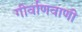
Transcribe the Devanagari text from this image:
गीर्वाणवाणी